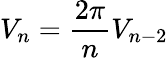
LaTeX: V_{n}={\frac{2\pi}{n}}V_{n-2}